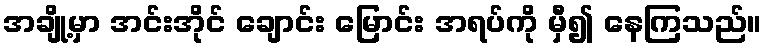
အချို့မှာ အင်းအိုင် ချောင်း မြောင်း အရပ်ကို မှီ၍ နေကြသည်။